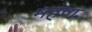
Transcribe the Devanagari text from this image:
महण